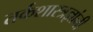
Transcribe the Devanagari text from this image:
तर्कशास्त्रज्ञांनी